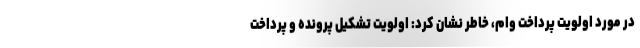
در مورد اولویت پرداخت وام، خاطر نشان کرد: اولویت تشکیل پرونده و پرداخت